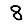
Digit: 8